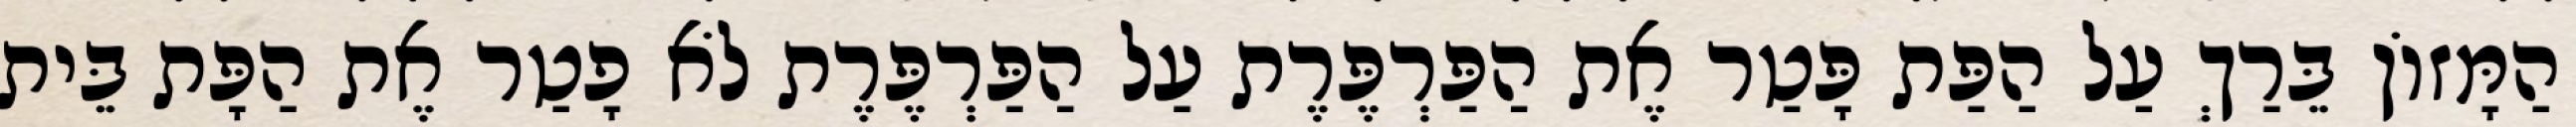
הַמָּזוֹן בֵּרַךְ עַל הַפַּת פָּטַר אֶת הַפַּרְפֶּרֶת עַל הַפַּרְפֶּרֶת לֹא פָטַר אֶת הַפָּת בֵּית